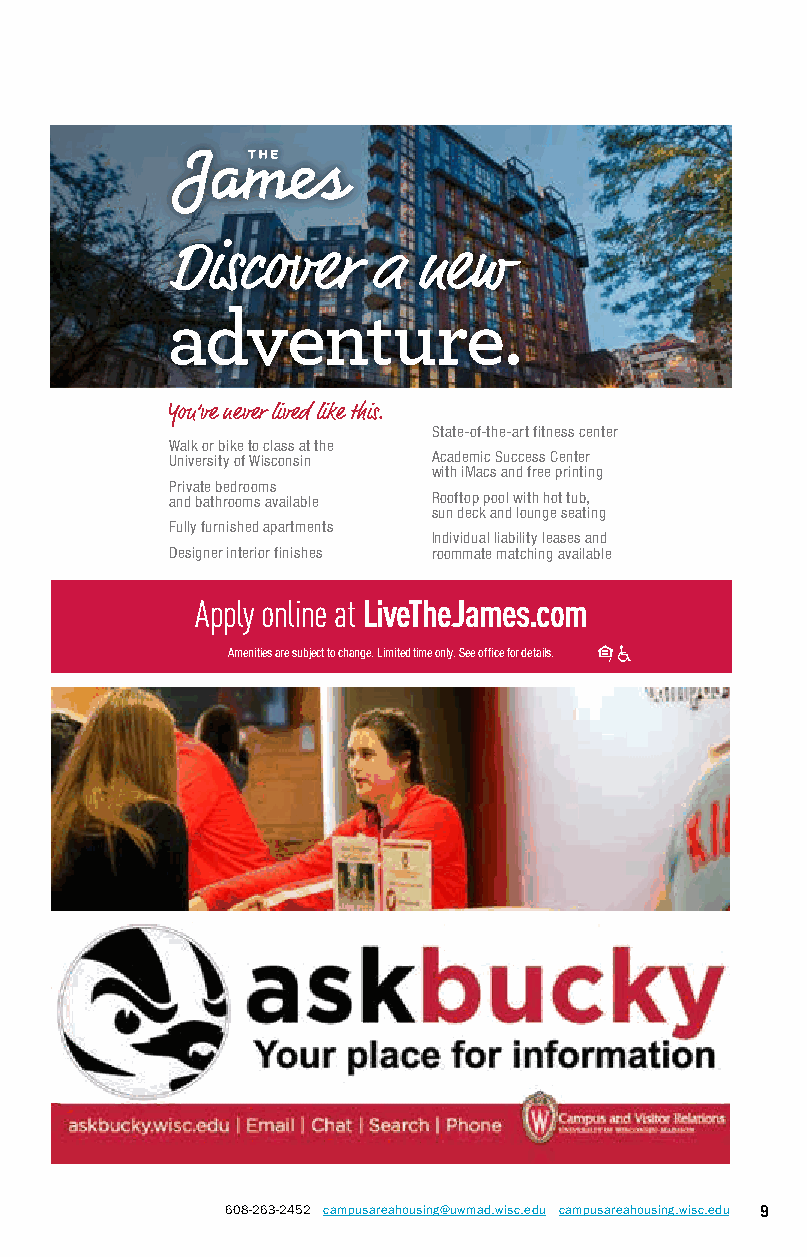
You’ve never lived like this.
 State-of-the-art fitness center
 Walk or bike to class at the
 University of Wisconsin Academic Success Center
 with iMacs and free printing
 Private bedrooms
 and bathrooms available Rooftop pool with hot tub,
 sun deck and lounge seating
 Fully furnished apartments
 Individual liability leases and
 Designer interior finishes roommate matching available
 Apply online at LiveTheJames.com
 Amenities are subject to change. Limited time only. See office for details.
 608-263-2452 campusareahousing@uwmad.wisc.edu campusareahousing.wisc.edu 9